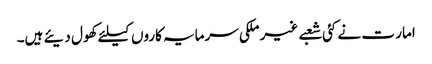
امار ت نے کئی شعبے غیر ملکی سرمایہ کاروں کیلئے کھول دیئے ہیں۔